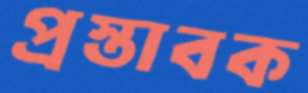
প্রস্তাবক